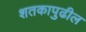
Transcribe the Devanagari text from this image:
शतकापुढील